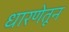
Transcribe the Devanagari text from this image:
धारणेतून